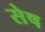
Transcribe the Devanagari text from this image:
सेष